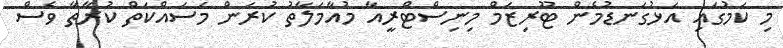
މި ކަމުގައި އަޅުގަނޑުމެން ޓޫރިޒަމް މިނިސްޓްރީއާ މުއާމަލާތު ކުރަން މަސައްކަތް ކުރާތާ ވެސް